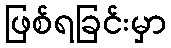
ဖြစ်ရခြင်းမှာ